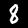
Label: 8